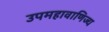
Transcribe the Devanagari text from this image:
उपमहावाणिज्य